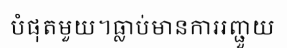
បំផុតមួយ។ធ្លាប់មានការរញ្ជួយ